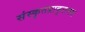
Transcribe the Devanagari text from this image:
संस्कृतप्राकृतमय